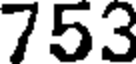
753